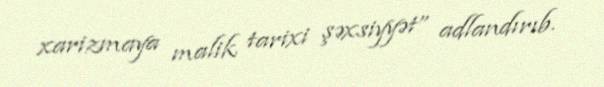
xarizmaya malik tarixi şəxsiyyət” adlandırıb.